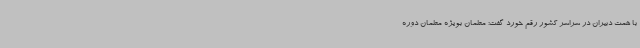
با همت دبیران در سراسر کشور رقم خورد گفت: معلمان بویژه معلمان دوره